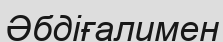
Әбдіғалимен